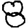
Digit: 8